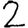
Digit: 2